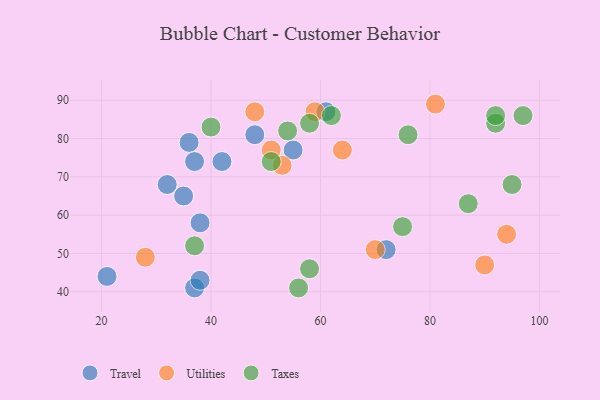
{"axis": {"x": "GDP", "y": "Life Expectancy"}, "legend": ["Taxes", "Travel", "Utilities"], "data": [{"x": "35", "y": 65, "type": "Travel"}, {"x": "42", "y": 74, "type": "Travel"}, {"x": "61", "y": 87, "type": "Travel"}, {"x": "37", "y": 41, "type": "Travel"}, {"x": "55", "y": 77, "type": "Travel"}, {"x": "36", "y": 79, "type": "Travel"}, {"x": "37", "y": 74, "type": "Travel"}, {"x": "48", "y": 81, "type": "Travel"}, {"x": "72", "y": 51, "type": "Travel"}, {"x": "21", "y": 44, "type": "Travel"}, {"x": "38", "y": 58, "type": "Travel"}, {"x": "38", "y": 43, "type": "Travel"}, {"x": "32", "y": 68, "type": "Travel"}, {"x": "28", "y": 49, "type": "Utilities"}, {"x": "51", "y": 77, "type": "Utilities"}, {"x": "70", "y": 51, "type": "Utilities"}, {"x": "48", "y": 87, "type": "Utilities"}, {"x": "59", "y": 87, "type": "Utilities"}, {"x": "90", "y": 47, "type": "Utilities"}, {"x": "81", "y": 89, "type": "Utilities"}, {"x": "53", "y": 73, "type": "Utilities"}, {"x": "94", "y": 55, "type": "Utilities"}, {"x": "64", "y": 77, "type": "Utilities"}, {"x": "97", "y": 86, "type": "Taxes"}, {"x": "54", "y": 82, "type": "Taxes"}, {"x": "58", "y": 84, "type": "Taxes"}, {"x": "75", "y": 57, "type": "Taxes"}, {"x": "76", "y": 81, "type": "Taxes"}, {"x": "58", "y": 46, "type": "Taxes"}, {"x": "92", "y": 84, "type": "Taxes"}, {"x": "51", "y": 74, "type": "Taxes"}, {"x": "40", "y": 83, "type": "Taxes"}, {"x": "92", "y": 86, "type": "Taxes"}, {"x": "56", "y": 41, "type": "Taxes"}, {"x": "62", "y": 86, "type": "Taxes"}, {"x": "37", "y": 52, "type": "Taxes"}, {"x": "95", "y": 68, "type": "Taxes"}, {"x": "87", "y": 63, "type": "Taxes"}]}